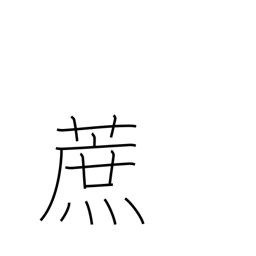
Meaning: sugar cane